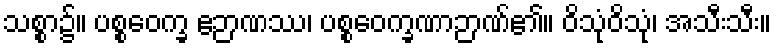
သစ္စာ၌။ ပစ္စဝေက္ခ ဧဉာဏဿ၊ ပစ္စဝေက္ခဏာဉာဏ်၏။ ဝိသုံဝိသုံ၊ အသီးသီး။